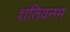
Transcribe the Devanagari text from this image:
शंतिवनम